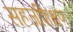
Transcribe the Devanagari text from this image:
सहजशिक्षण